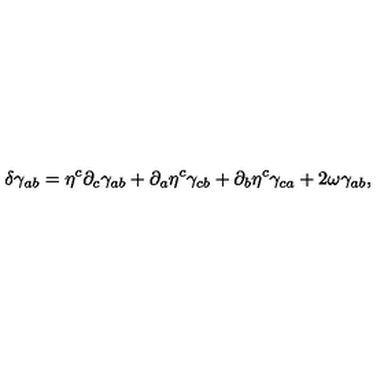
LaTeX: \delta \gamma _ { a b } = \eta ^ { c } \partial _ { c } \gamma _ { a b } + \partial _ { a } \eta ^ { c } \gamma _ { c b } + \partial _ { b } \eta ^ { c } \gamma _ { c a } + 2 \omega \gamma _ { a b } ,